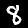
Digit: 8